Vaccination North-Western Provinces 1866-1877 - 1866-1877
Year: 1866
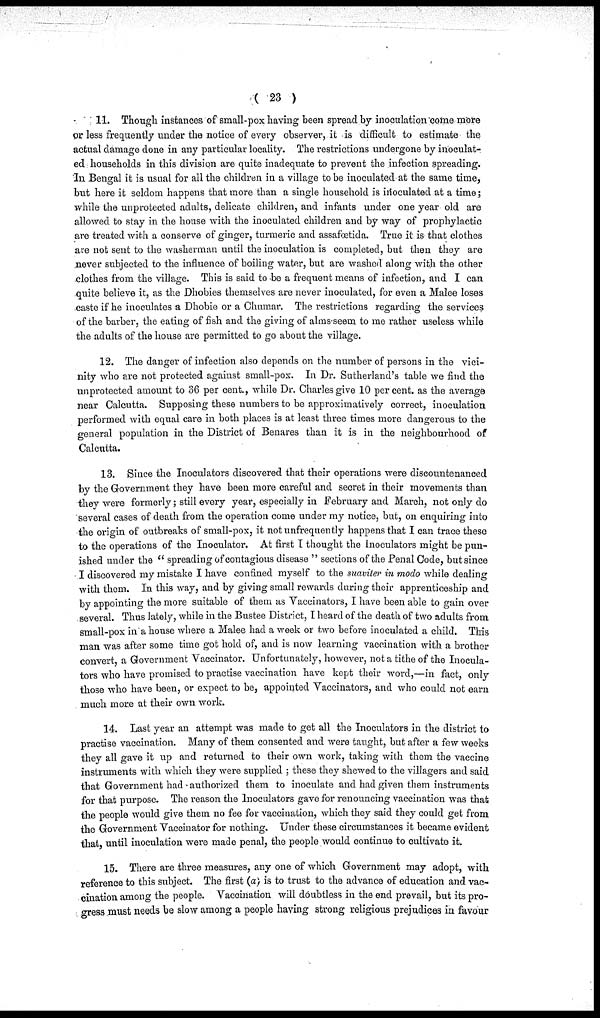
( 23 )
11. Though instances of small-pox having been spread by inoculation come more
or less frequently under the notice of every observer, it is difficult to estimate the
actual damage done in any particular locality. The restrictions undergone by inoculat-
ed households in this division are quite inadequate to prevent the infection spreading.
In Bengal it is usual for all the children in a village to be inoculated at the same time,
but here it seldom happens that more than a single household is inoculated at a time;
while the unprotected adults, delicate children, and infants under one year old are
allowed to stay in the house with the inoculated children and by way of prophylactic
are treated with a conserve of ginger, turmeric and assafœtida. True it is that clothes
are not sent to the washerman until the inoculation is completed, but then they are
never subjected to the influence of boiling water, but are washed along with the other
clothes from the village. This is said to be a frequent means of infection, and I can
quite believe it, as the Dhobies themselves are never inoculated, for even a Malee loses
caste if he inoculates a Dhobio or a Chumar. The restrictions regarding the services
of the barber, the eating of fish and the giving of alms seem to me rather useless while
the adults of the house are permitted to go about the village.
12. The danger of infection also depends on the number of persons in the vici-
nity who are not protected against small-pox. In Dr. Sutherland's table we find the
unprotected amount to 36 per cent., while Dr. Charles give 10 per cent. as the average
near Calcutta. Supposing these numbers to be approximatively correct, inoculation
performed with equal care in both places is at least three times more dangerous to the
general population in the District of Benares than it is in the neighbourhood of
Calcutta.
13. Since the Inoculators discovered that their operations were discountenanced
by the Government they have been more careful and secret in their movements than
they were formerly; still every year, especially in February and March, not only do
several cases of death from the operation come under my notice, but, on enquiring into
the origin of outbreaks of small-pox, it not unfrequently happens that I can trace these
to the operations of the Inoculator. At first I thought the Inoculators might be pun-
ished under the " spreading of contagious disease " sections of the Penal Code, but since
I discovered my mistake I have confined myself to the suaviter in modo while dealing
with them. In this way, and by giving small rewards during their apprenticeship and
by appointing the more suitable of them as Vaccinators, I have been able to gain over
several. Thus lately, while in the Bustee District, I heard of the death of two adults from
small-pox in a house where a Malee had a week or two before inoculated a child. This
man was after some time got hold of, and is now learning vaccination with a brother
convert, a Government Vaccinator. Unfortunately, however, not a tithe of the Inocula-
tors who have promised to practise vaccination have kept their word,—in fact, only
those who have been, or expect to be, appointed Vaccinators, and who could not earn
much more at their own work.
14. Last year an attempt was made to get all the Inoculators in the district to
practise vaccination. Many of them consented and were taught, but after a few weeks
they all gave it up and returned to their own work, taking with them the vaccine
instruments with which they were supplied ; these they shewed to the villagers and said
that Government had authorized them to inoculate and had given them instruments
for that purpose. The reason the Inoculators gave for renouncing vaccination was that
the people would give them no fee for vaccination, which they said they could get from
the Government Vaccinator for nothing. Under these circumstances it became evident
that, until inoculation were made penal, the people would continue to cultivate it.
15. There are three measures, any one of which Government may adopt, with
reference to this subject. The first (a) is to trust to the advance of education and vac-
cination among the people. Vacoination will doubtless in the end prevail, but its pro-
--ess must needs be slow among a people having strong religious prejudices in favour